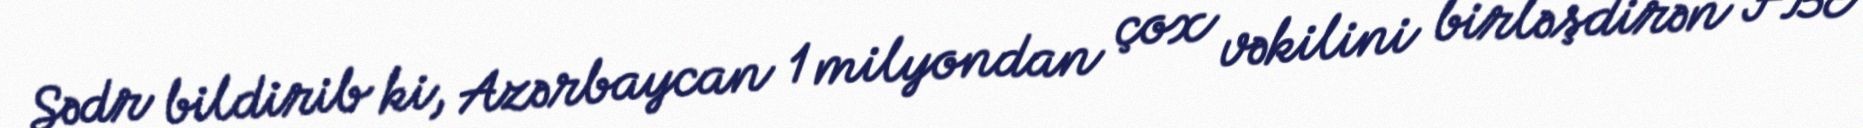
Sədr bildirib ki, Azərbaycan 1 milyondan çox vəkilini birləşdirən FBE